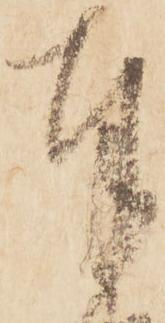
奉